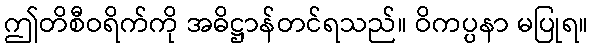
ဤတိစီဝရိက်ကို အဓိဋ္ဌာန်တင်ရသည်။ ဝိကပ္ပနာ မပြုရ။